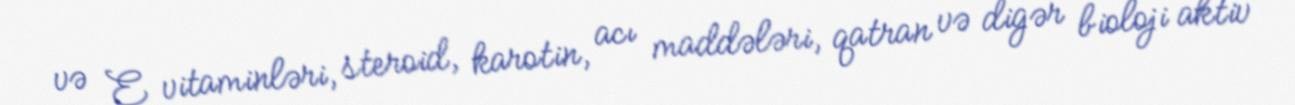
və E vitaminləri, steroid, karotin, acı maddələri, qatran və digər bioloji aktiv